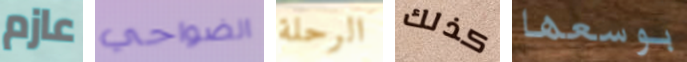
عازم الضواحي الرحلة كذلك بوسعها